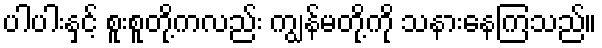
ပါပါးနှင့် စူးစူတို့ကလည်း ကျွန်မတို့ကို သနားနေကြသည်။